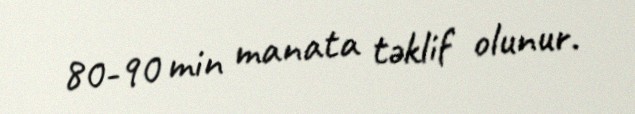
80-90 min manata təklif olunur.